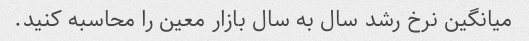
میانگین نرخ رشد سال به سال بازار معین را محاسبه کنید.